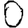
Digit: 0